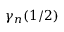
\gamma _ { n } ( 1 / 2 )